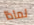
لماذا